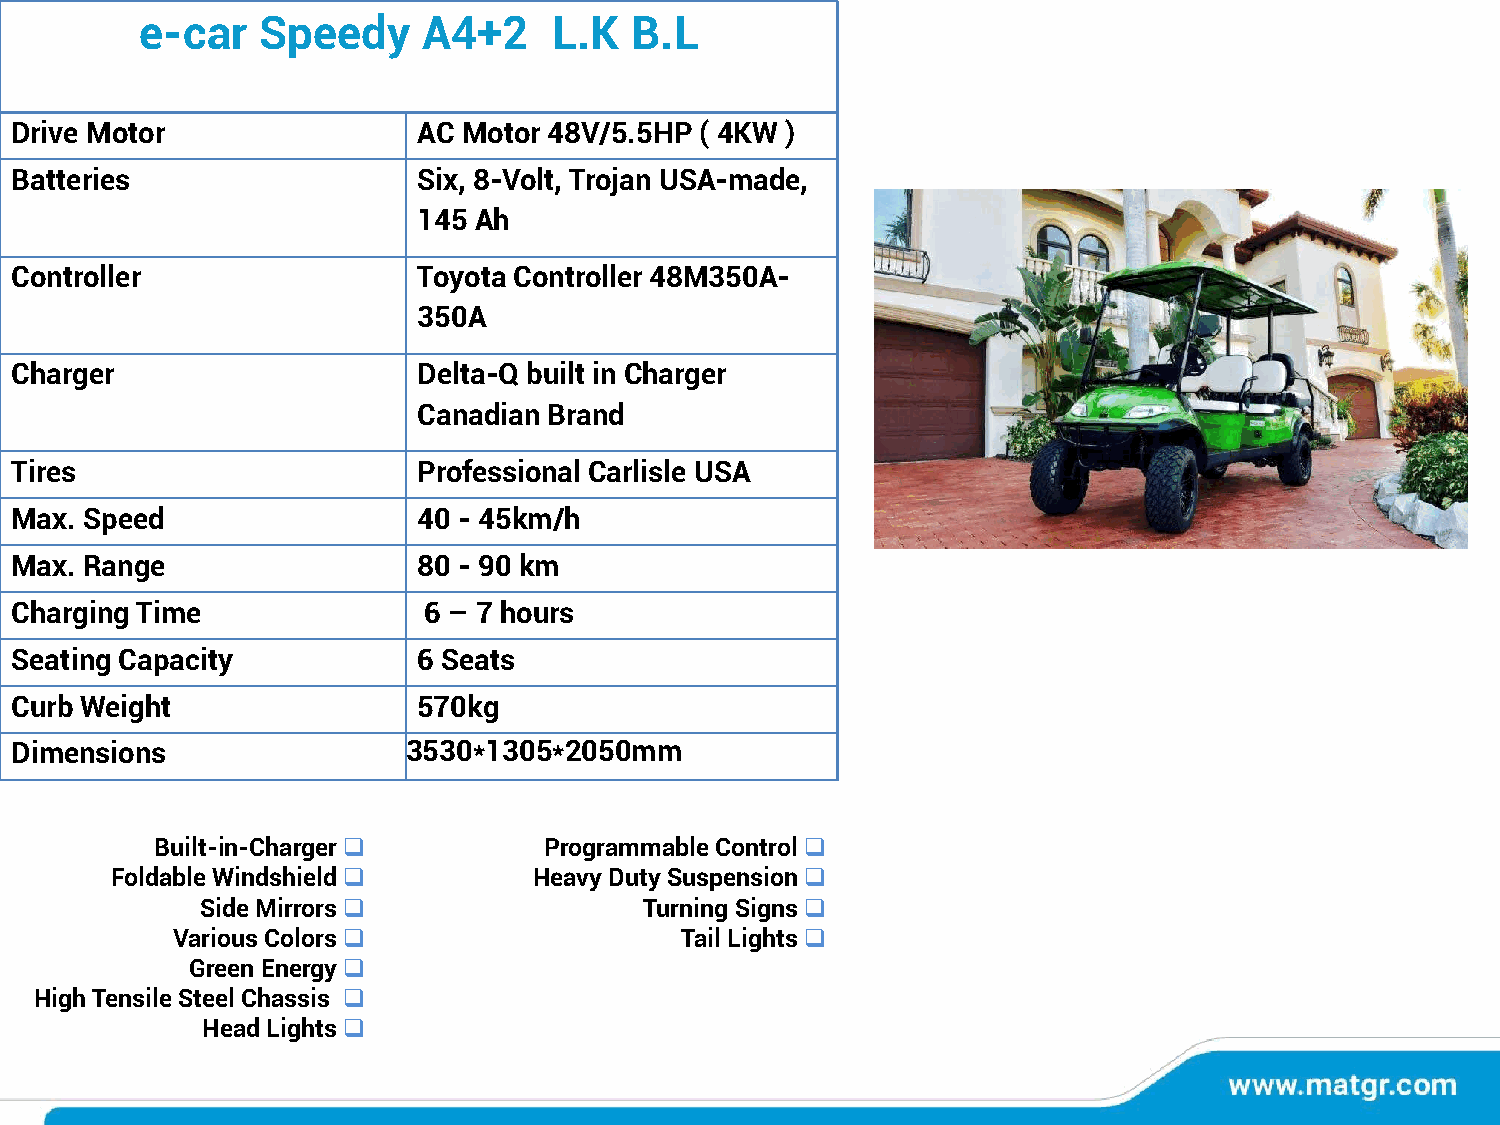
e-car   Speedy     A4+2     L.K  B.L
 Drive Motor                AC Motor 48V/5.5HP ( 4KW )
 Batteries                  Six, 8-Volt, Trojan USA-made,
 145 Ah
 Controller                 Toyota Controller 48M350A-
 350A
 Charger                    Delta-Q built in Charger
 Canadian Brand
 Tires                      Professional Carlisle USA
 Max. Speed                 40 - 45km/h
 Max. Range                 80 - 90 km
 Charging Time              6 – 7 hours
 Seating Capacity           6 Seats
 Curb Weight                570kg
 Dimensions                3530*1305*2050mm
 Built-in-Charger❑         Programmable Control❑
 Foldable Windshield❑        Heavy Duty Suspension❑
 Side Mirrors❑                 Turning Signs❑
 Various Colors❑                   Tail Lights❑
 Green Energy❑
 High Tensile Steel Chassis ❑
 Head Lights❑